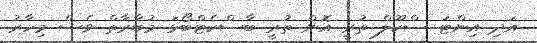
އަދި އިންޓަ ސްކޫލް ތުރީ އޮން ތުރީ ބާސްކެޓްބޯޅަ މުބާރާތް ވެސް މިހާރު